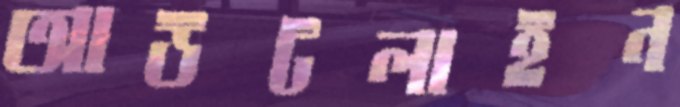
আউটলাইন